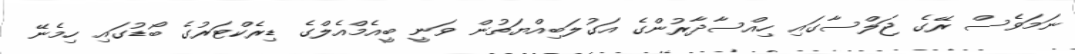
ނަމަވެސް ރޭގެ ޖަލްސާގައި ހިއްސާދާރުންގެ އަގުލަބިއްޔަތުން ވަނީ ބީއެމްއެލްގެ ޑިރެކްޓަރުގެ ބޯޑުގައި ހިމެނޭ